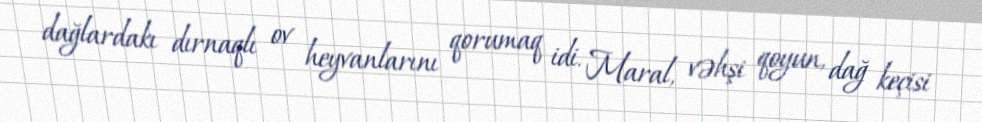
dağlardakı dırnaqlı ov heyvanlarını qorumaq idi. Maral, vəhşi qoyun, dağ keçisi